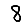
Digit: 8